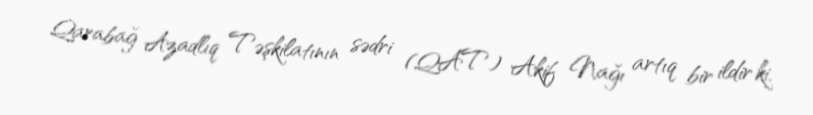
Qarabağ Azadlıq Təşkilatının sədri (QAT) Akif Nağı artıq bir ildir ki,